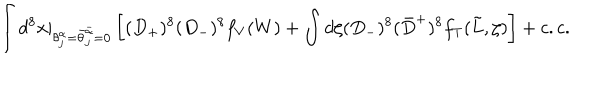
LaTeX: \int d ^ { 8 } x \vert _ { \theta _ { j } ^ { \alpha } = \bar { \theta } _ { j } ^ { \bar { \alpha } } = 0 } \left[ ( D _ { + } ) ^ { 8 } ( D _ { - } ) ^ { 8 } f _ { V } ( W ) + \int d \zeta ( D _ { - } ) ^ { 8 } ( \bar { D } ^ { + } ) ^ { 8 } f _ { T } ( \tilde { L } , \zeta ) \right] + c . c .